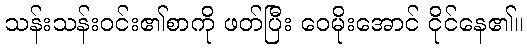
သန်းသန်းဝင်း၏စာကို ဖတ်ပြီး ဝေမိုးအောင် ငိုင်နေ၏။